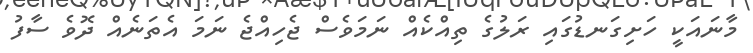
މާނައަކީ ހަށިގަނޑުގައި ރަލުގެ ތިއްކެއް ނަމަވެސް ޖެހިއްޖެ ނަމަ އެތަނެއް ދޮވެ ސާފު